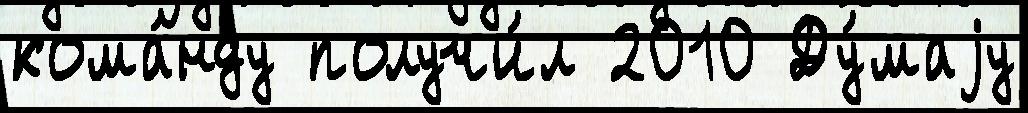
кома́нду получи́л 2010 Ду́маjу